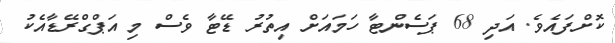
ކޮށްފައެވެ. އަދި 68 ޕަސެންޓާ ހަމައަށް އިތުރު ޑޭޓާ ވެސް މި އަޕްގްރޭޑާއެކު